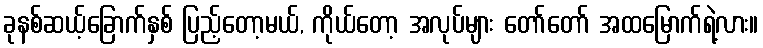
ခုနစ်ဆယ့်ခြောက်နှစ် ပြည့်တော့မယ်, ကိုယ်တော့ အလုပ်များ တော်တော် အထမြောက်ရဲ့လား။